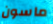
ماسون